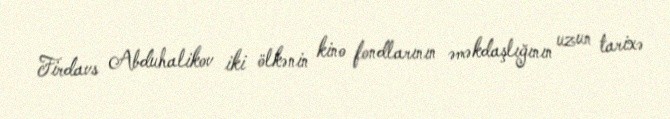
Firdavs Abduhalikov iki ölkənin kino fondlarının əməkdaşlığının uzun tarixə